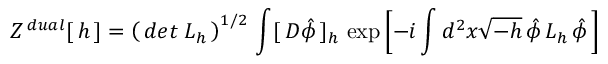
Z ^ { \, d u a l } [ \, h \, ] = \left( \, d e t \; L _ { h } \, \right) ^ { 1 / 2 } \, \int [ \, { \cal D } \hat { \phi } \, ] _ { h } \, \exp \left[ - i \int d ^ { 2 } x \sqrt { - h } \, \hat { \phi } \, L _ { h } \, \hat { \phi } \, \right]